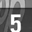
Digit: 5